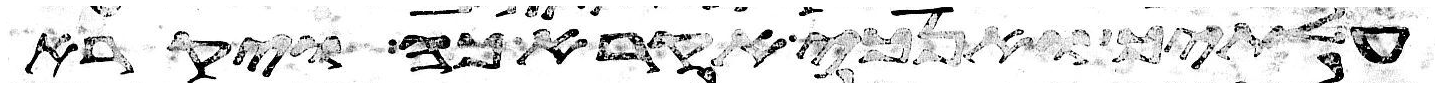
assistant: עלתיך ואנכי אקרא כה ויקרא